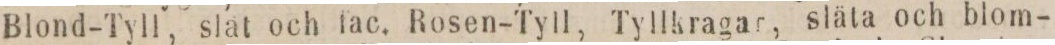
Blond-Tyll, slat och fac. Rosen-Tyll, Tyllkragar, släta och blom-